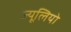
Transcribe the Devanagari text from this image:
ज्यूलियो